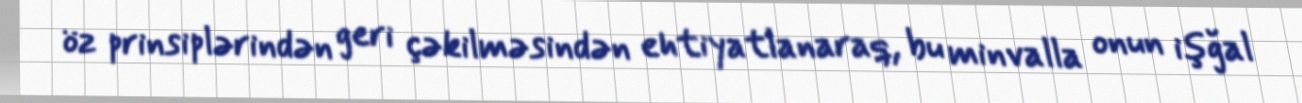
öz prinsiplərindən geri çəkilməsindən ehtiyatlanaraq, bu minvalla onun işğal